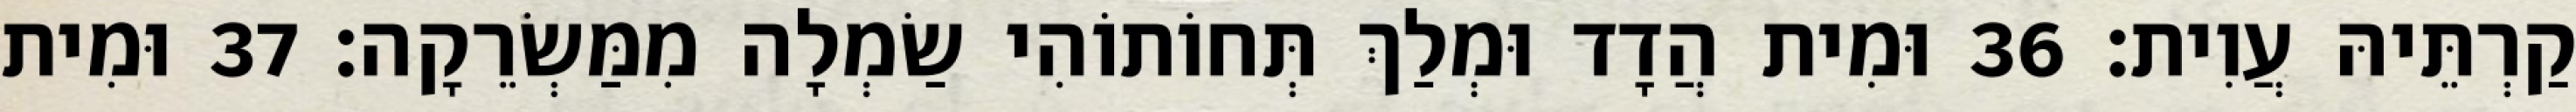
קַרְתֵּיהּ עֲוִית׃ 36 וּמִית הֲדָד וּמְלַךְ תְּחוֹתוֹהִי שַׂמְלָה מִמַּשְׂרֵקָה׃ 37 וּמִית